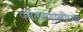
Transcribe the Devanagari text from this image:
पर्वतप्रणालीच्या